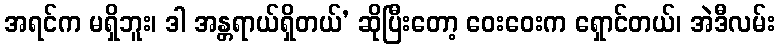
အရင်က မရှိဘူး၊ ဒါ အန္တရာယ်ရှိတယ်’ ဆိုပြီးတော့ ဝေးဝေးက ရှောင်တယ်၊ အဲဒီလမ်း